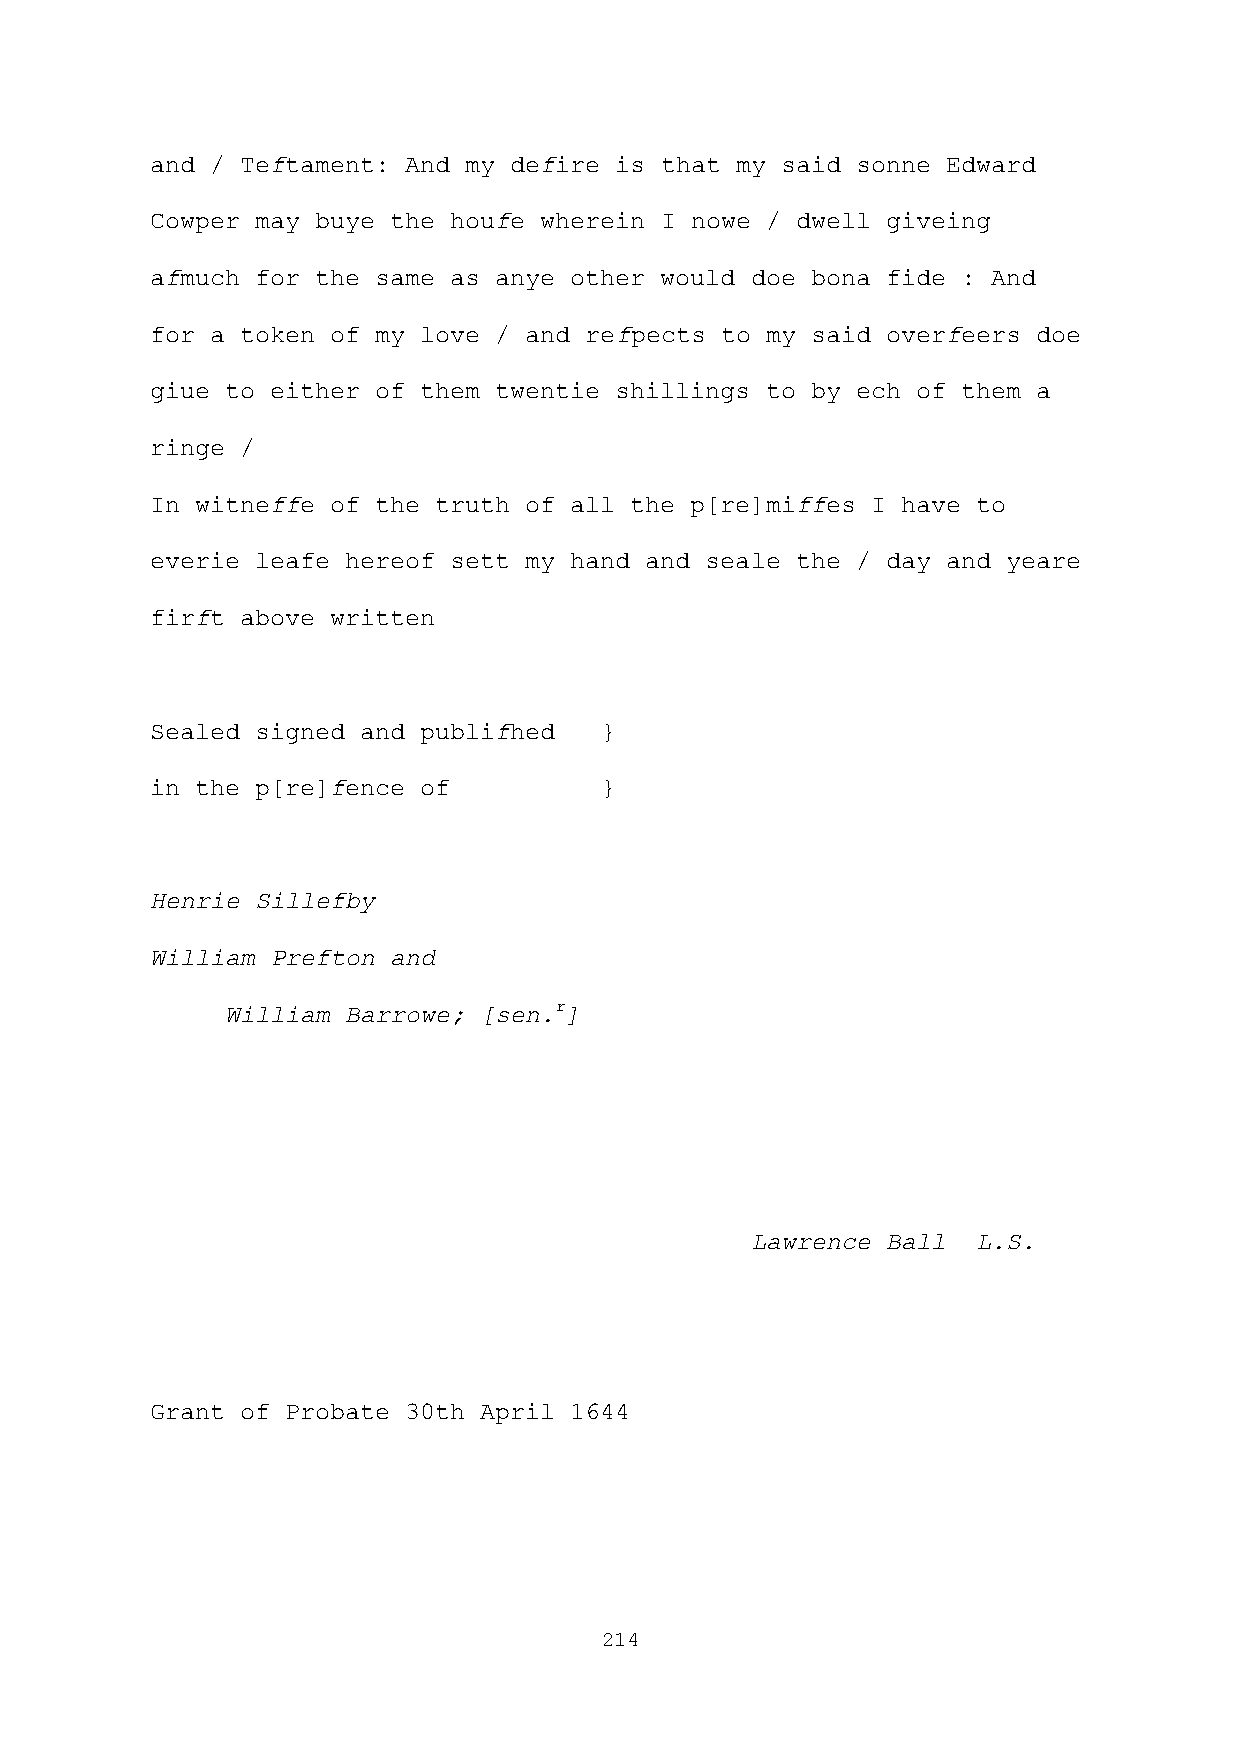
and / Teftament: And my defire is that my said sonne Edward
 Cowper may buye the houfe wherein I nowe / dwell giveing
 afmuch for the same as anye other would doe bona fide : And
 for a token of my love / and refpects to my said overfeers doe
 giue to either of them twentie shillings to by ech of them a
 ringe /
 In witneffe of the truth of all the p[re]miffes I have to
 everie leafe hereof sett my hand and seale the / day and yeare
 firft above written
 Sealed signed and publifhed   }
 in the p[re]fence of          }
 Henrie Sillefby
 William Prefton and
 William Barrowe; [sen.r]
 Lawrence Ball  L.S.
 Grant of Probate 30th April 1644
 214